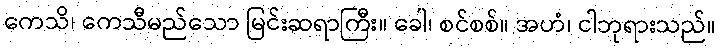
ကေသိ၊ ကေသီမည်သော မြင်းဆရာကြီး။ ခေါ၊ စင်စစ်။ အဟံ၊ ငါဘုရားသည်။